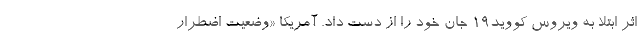
اثر ابتلا به ویروس کووید۱۹ جان خود را از دست داد. آمریکا «وضعیت اضطرار